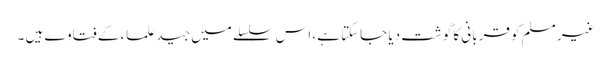
غیر مسلم کو قربانی کا گوشت دیا جاسکتا ہے، اس سلسلے میں جید علماء کے فتاوے ہیں ۔